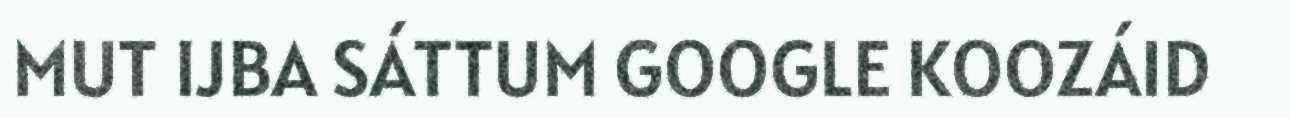
MUT IJBA SÁTTUM GOOGLE KOOZÁID